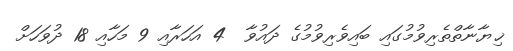
ޚިޔާނާތްތެރިވުމުގައި ބައިވެރިވުމުގެ ދައުވާ  4 އަހަރާއި 9 މަހާއި 18 ދުވަހަށް